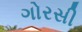
ગોરસી